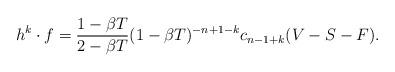
LaTeX: \begin{align*} h^k\cdot f = \frac{1-\beta T}{2-\beta T} (1-\beta T)^{-n+1-k} c_{n-1+k}(V-S-F).\end{align*}